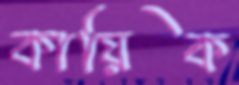
কায়িক